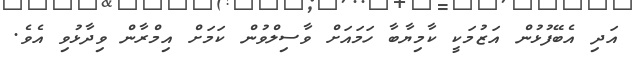
އަދި އެބޭފުޅުން އަޒުމަކީ ކާމިޔާބާ ހަމައަށް ވާސިލްވުން ކަމަށް އިމްރާން ވިދާޅުވި އެވެ.